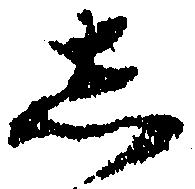
し